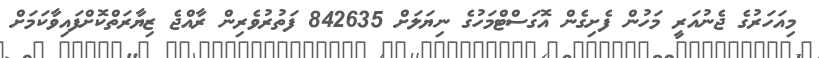
މިއަހަރުގެ ޖެނުއަރީ މަހުން ފެށިގެން އޮގަސްޓްމަހުގެ ނިޔަލަށް 842635 ފަތުރުވެރިން ރާއްޖެ ޒިޔާރަތްކޮށްފައިވާކަމަށް